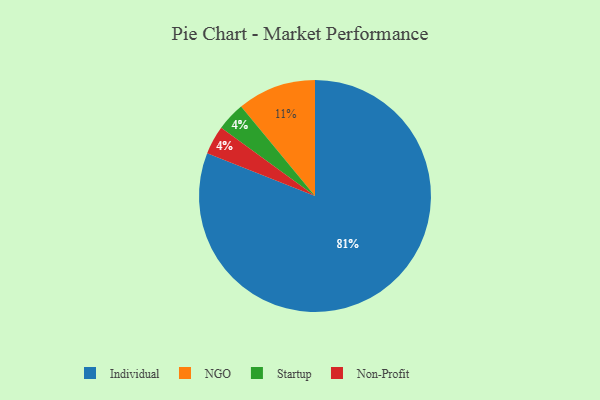
{"axis": {"x": "Category", "y": "Percentage"}, "legend": ["Individual", "NGO", "Non-Profit", "Startup"], "data": [{"x": "Startup", "y": 4, "type": "Startup"}, {"x": "Individual", "y": 81, "type": "Individual"}, {"x": "Non-Profit", "y": 4, "type": "Non-Profit"}, {"x": "NGO", "y": 11, "type": "NGO"}]}